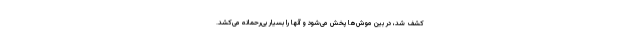
کشف شد، در بین موش‌ها پخش می‌شود و آنها را بسیار بی‌رحمانه می‌کشد.